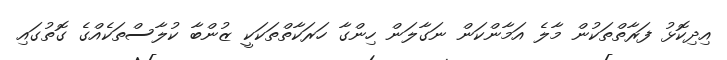
އިދިކޮޅު ފަރާތްތަކުން މާލެ އަމާންކަން ނަގާލަން ހިންގާ ހަރަކާތްތަކަކީ ޒުންބާ ކުލާސްތަކެއްގެ ގޮތުގައި